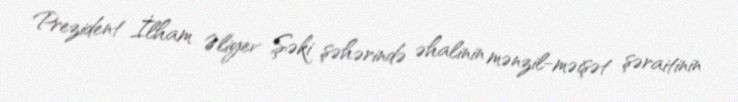
Prezident İlham Əliyev Şəki şəhərində əhalinin mənzil-məişət şəraitinin